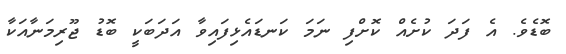
ބޮޑެވެ. އެ ފަދަ ކުށެއް ކޮށްފި ނަމަ ކަނޑައެޅިފައިވާ އަދަބަކީ ބޮޑު ޖޫރިމަނާއަކާ